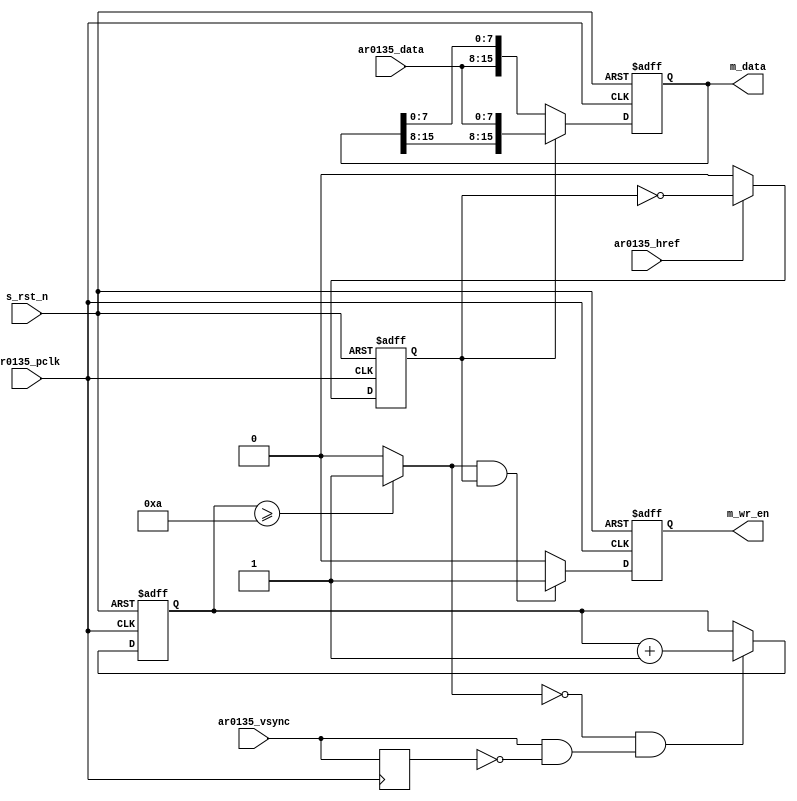
`timescale      1ns/1ns

module  ar0135_data(
	//sys
	input			  s_rst_n		,
	//ov5640          
	input			  ar0135_pclk	,
	input			  ar0135_href	,
	input			  ar0135_vsync	,
	input	   [7:0]  ar0135_data	,
	//user            
	output reg [15:0] m_data		,	
	output reg        m_wr_en		 	
);


wire    		ar0135_vsync_pos   ;   //  
reg     		ar0135_vsync_r1    ;   //
		
reg				byte_flag	  ;	// 0:  1
reg    [ 3:0]   frame_cnt  	  ;	//
wire            frame_vaild	  ;


always  @(posedge ar0135_pclk or negedge s_rst_n) begin
        if(s_rst_n == 1'b0)
			m_data	<=	'h0	;
		else if(byte_flag == 1'b1)
			m_data	<=	{m_data[15:8] , ar0135_data};
		else
			m_data	<=	{ar0135_data , m_data[7:0]};
			
end

always  @(posedge ar0135_pclk or negedge s_rst_n) begin
        if(s_rst_n == 1'b0)
			byte_flag	<=	1'b0	;
		else if(ar0135_href == 1'b1)
			byte_flag	<=	~byte_flag	;
		else
			byte_flag	<=	1'b0	;
end

always  @(posedge ar0135_pclk) begin
        ar0135_vsync_r1	<=	ar0135_vsync;
end

always  @(posedge ar0135_pclk or negedge s_rst_n) begin
        if(s_rst_n == 1'b0)
            frame_cnt	<=	'd0	;
        else if(frame_vaild == 1'b0 && ar0135_vsync_pos == 1'b1)
            frame_cnt	<=	frame_cnt + 1'b1	;
end

always  @(posedge ar0135_pclk or negedge s_rst_n) begin
        if(s_rst_n == 1'b0)
            m_wr_en <=	1'b0	;
        else if(frame_vaild == 1'b1 && byte_flag == 1'b1)
            m_wr_en <=	1'b1	;
        else
            m_wr_en <=	1'b0	;
end

assign  frame_vaild             =       (frame_cnt >= 'd10) ? 1'b1 : 1'b0;
assign  ar0135_vsync_pos        =       ar0135_vsync & ~ar0135_vsync_r1;

endmodule